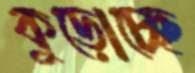
কুড়োচ্ছে